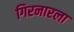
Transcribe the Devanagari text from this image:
गिरनारला